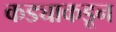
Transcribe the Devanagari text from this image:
कड्याकडून